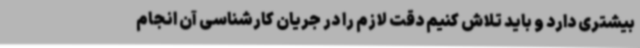
بیشتری دارد و باید تلاش کنیم دقت لازم را در جریان کارشناسی آن انجام